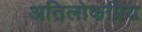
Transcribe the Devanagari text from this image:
अतिलोकप्रिय